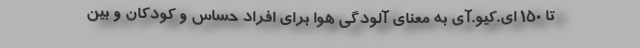
تا ۱۵۰ ای.کیو.آی به معنای آلودگی هوا برای افراد حساس و کودکان و بین